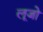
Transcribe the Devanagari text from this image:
लूजो